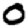
Digit: 0